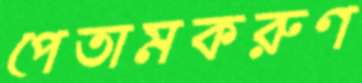
পেতামকরুণ